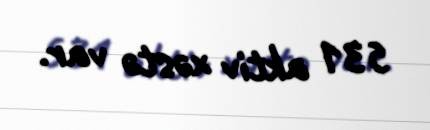
531 aktiv xəstə var.